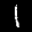
Label: 1